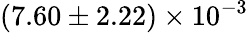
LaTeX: (7.60\pm 2.22)\times 10^{-3}